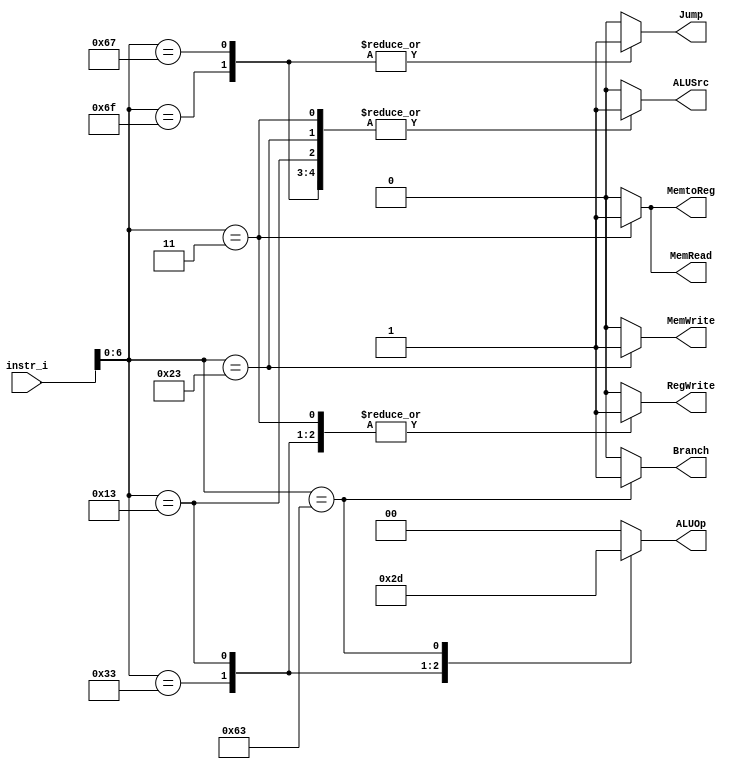
`timescale 1ns/1ps

module Decoder(
    input [32-1:0]  instr_i,
    output reg         Branch,
    output reg         ALUSrc,
    output reg         RegWrite,
    output reg [2-1:0] ALUOp,
    output reg         MemRead,
    output reg         MemWrite,
    output reg         MemtoReg,
    output reg         Jump
);

//Internal Signals
wire    [7-1:0]     opcode;
wire    [3-1:0]     funct3;
wire    [3-1:0]     Instr_field;
wire    [9:0]       Ctrl_o;

/* Write your code HERE */

assign opcode = instr_i[6:0];


always @(opcode) begin
    case (opcode)
        7'b0110011: begin // R-type
            Branch      = 1'b0;
            ALUSrc      = 1'b0;
            RegWrite    = 1'b1;
            ALUOp       = 2'b10;
            MemRead     = 1'b0;
            MemWrite    = 1'b0;
            MemtoReg    = 1'b0;
            Jump        = 1'b0;
        end
        7'b0010011: begin // I-type
            Branch      = 1'b0;
            ALUSrc      = 1'b1;
            RegWrite    = 1'b1;
            ALUOp       = 2'b11;
            MemRead     = 1'b0;
            MemWrite    = 1'b0;
            MemtoReg    = 1'b0;
            Jump        = 1'b0;
        end
        7'b0000011: begin // Load
            Branch      = 1'b0;
            ALUSrc      = 1'b1;
            RegWrite    = 1'b1;
            ALUOp       = 2'b00;
            MemRead     = 1'b1;
            MemWrite    = 1'b0;
            MemtoReg    = 1'b1;
            Jump        = 1'b0;
        end
        7'b0100011: begin // Store
            Branch      = 1'b0;
            ALUSrc      = 1'b1;
            RegWrite    = 1'b0;
            ALUOp       = 2'b00;
            MemRead     = 1'b0;
            MemWrite    = 1'b1;
            MemtoReg    = 1'b0; // RegWrite = 0 => don't care
            Jump        = 1'b0;
        end
        7'b1100011: begin // Branch
            Branch      = 1'b1;
            ALUSrc      = 1'b0;
            RegWrite    = 1'b0;
            ALUOp       = 2'b01;
            MemRead     = 1'b0;
            MemWrite    = 1'b0;
            MemtoReg    = 1'b0; // RegWrite = 0 => don't care
            Jump        = 1'b0;
        end
        7'b1101111: begin // jal rd, imm
            Branch      = 1'b0;
            ALUSrc      = 1'b1;
            RegWrite    = 1'b1;
            ALUOp       = 2'b00;
            MemRead     = 1'b0;
            MemWrite    = 1'b0;
            MemtoReg    = 1'b0; // Jump = 1 => don't care
            Jump        = 1'b1;
        end
        7'b1100111: begin // jalr rd, rs, imm
            Branch      = 1'b0;
            ALUSrc      = 1'b1;
            RegWrite    = 1'b1;
            ALUOp       = 2'b00;
            MemRead     = 1'b0;
            MemWrite    = 1'b0;
            MemtoReg    = 1'b0; // Jump = 1 => don't care
            Jump        = 1'b1;
        end
        default: begin
            Branch      = 1'b0;
            ALUSrc      = 1'b0;
            RegWrite    = 1'b0;
            ALUOp       = 2'b00;
            MemRead     = 1'b0;
            MemWrite    = 1'b0;
            MemtoReg    = 1'b0;
            Jump        = 1'b0;
        end
    endcase
end
endmodule